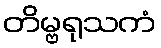
တိမ္ဗရုသကံ